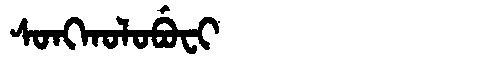
Manchu: ᠰᠣᠩᡴᠣᠯᠣᠪᡠᠸᡳ
Romanization: SONGKOLOBUFI